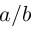
a / b